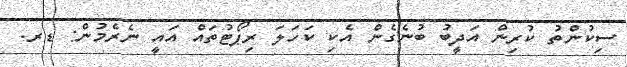
ސިކުންތު ކުރިން އަދީބު ބުނެގެން އެކި ކަހަލަ ރިޕޯޓުތައް އައީ ނެރެމުން: ޑރ.